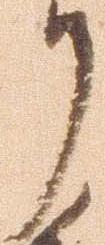
了